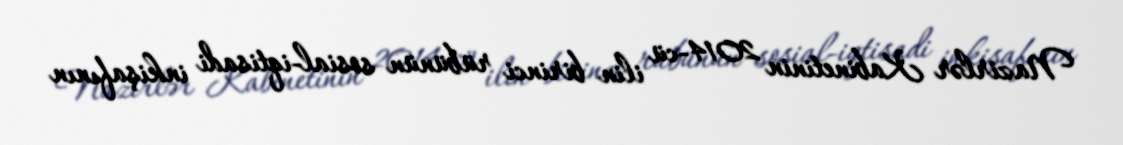
Nazirlər Kabinetinin 2014-cü ilin birinci rübünün sosial-iqtisadi inkişafının